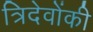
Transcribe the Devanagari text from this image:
त्रिदेवोंकी